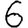
Digit: 6